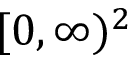
[ 0 , \infty ) ^ { 2 }